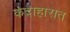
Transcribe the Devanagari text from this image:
कंदाहारात